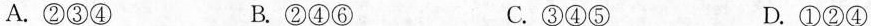
A.②③④ B.②④⑥ C.③④⑤ D.①②④